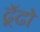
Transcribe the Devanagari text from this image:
ढूॅढो